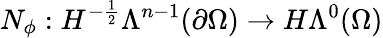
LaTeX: N_{\phi}:H^{-\frac{1}{2}}\Lambda^{n-1}(\partial\Omega)\to H\Lambda^{0}(\Omega)